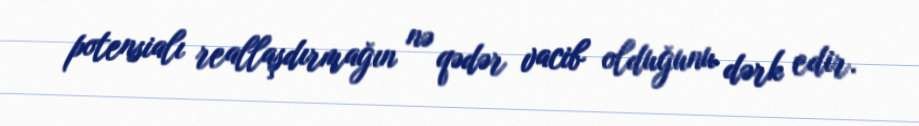
potensialı reallaşdırmağın nə qədər vacib olduğunu dərk edir.